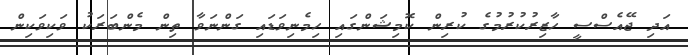
އަދި ޖޭއެސްސީ ހާޒިރުކުރުމުގެ ކުރިން ކޮމިޝަންގައި ހިމެނިވަޑައި ގަންނަވާ ތިން މެންބަރަކު ވަކިވަކިން